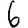
Digit: 6